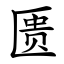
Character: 匮